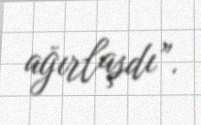
ağırlaşdı”.